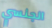
الجنسي